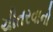
ચીતરવાનો